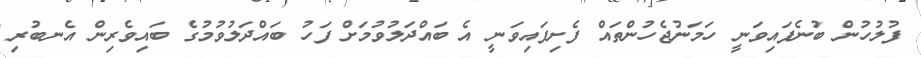
ފުލުހުން ބުނެފައިވަނީ ހަމަނުޖެހުންތައް ފެށިފައިވަނީ އެ ބައްދަލުވުމަށް ފަހު ބައްދަލުވުމުގެ ބައިވެރިން އެނބުރި